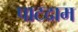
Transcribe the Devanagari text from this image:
पाटदाम